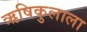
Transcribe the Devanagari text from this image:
ऋषिकुलाला